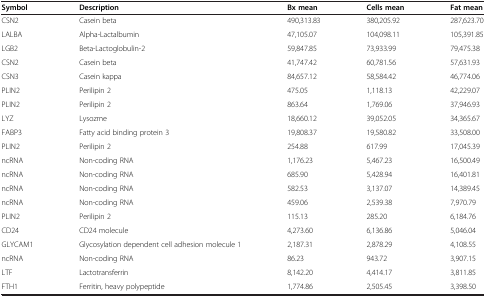
<table><thead><tr><td><b>Symbol</b></td><td><b>Description</b></td><td><b>Bx mean</b></td><td><b>Cells mean</b></td><td><b>Fat mean</b></td></tr></thead><tbody><tr><td>CSN2</td><td>Casein beta</td><td>490,313.83</td><td>380,205.92</td><td>287,623.70</td></tr><tr><td>LALBA</td><td>Alpha-Lactalbumin</td><td>47,105.07</td><td>104,098.11</td><td>105,391.85</td></tr><tr><td>LGB2</td><td>Beta-Lactoglobulin-2</td><td>59,847.85</td><td>73,933.99</td><td>79,475.38</td></tr><tr><td>CSN2</td><td>Casein beta</td><td>41,747.42</td><td>60,781.56</td><td>57,631.93</td></tr><tr><td>CSN3</td><td>Casein kappa</td><td>84,657.12</td><td>58,584.42</td><td>46,774.06</td></tr><tr><td>PLIN2</td><td>Perilipin 2</td><td>475.05</td><td>1,118.13</td><td>42,229.07</td></tr><tr><td>PLIN2</td><td>Perilipin 2</td><td>863.64</td><td>1,769.06</td><td>37,946.93</td></tr><tr><td>LYZ</td><td>Lysozme</td><td>18,660.12</td><td>39,052.05</td><td>34,365.67</td></tr><tr><td>FABP3</td><td>Fatty acid binding protein 3</td><td>19,808.37</td><td>19,580.82</td><td>33,508.00</td></tr><tr><td>PLIN2</td><td>Perilipin 2</td><td>254.88</td><td>617.99</td><td>17,045.39</td></tr><tr><td>ncRNA</td><td>Non-coding RNA</td><td>1,176.23</td><td>5,467.23</td><td>16,500.49</td></tr><tr><td>ncRNA</td><td>Non-coding RNA</td><td>685.90</td><td>5,428.94</td><td>16,401.81</td></tr><tr><td>ncRNA</td><td>Non-coding RNA</td><td>582.53</td><td>3,137.07</td><td>14,389.45</td></tr><tr><td>ncRNA</td><td>Non-coding RNA</td><td>459.06</td><td>2,539.38</td><td>7,970.79</td></tr><tr><td>PLIN2</td><td>Perilipin 2</td><td>115.13</td><td>285.20</td><td>6,184.76</td></tr><tr><td>CD24</td><td>CD24 molecule</td><td>4,273.60</td><td>6,136.86</td><td>5,046.04</td></tr><tr><td>GLYCAM1</td><td>Glycosylation dependent cell adhesion molecule 1</td><td>2,187.31</td><td>2,878.29</td><td>4,108.55</td></tr><tr><td>ncRNA</td><td>Non-coding RNA</td><td>86.23</td><td>943.72</td><td>3,907.15</td></tr><tr><td>LTF</td><td>Lactotransferrin</td><td>8,142.20</td><td>4,414.17</td><td>3,811.85</td></tr><tr><td>FTH1</td><td>Ferritin, heavy polypeptide</td><td>1,774.86</td><td>2,505.45</td><td>3,398.50</td></tr></tbody></table>